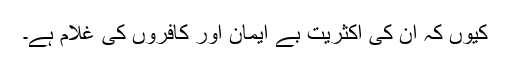
کیوں کہ ان کی اکثریت بے ایمان اور کافروں کی غلام ہے۔